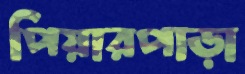
পিয়ারপাড়া